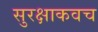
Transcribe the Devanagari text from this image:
सुरक्षाकवच